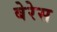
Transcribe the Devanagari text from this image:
बेरेस